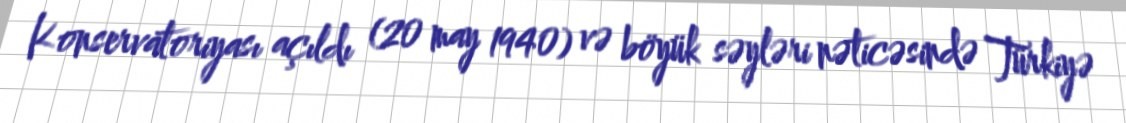
Konservatoriyası açıldı (20 may 1940) və böyük səyləri nəticəsində Türkiyə